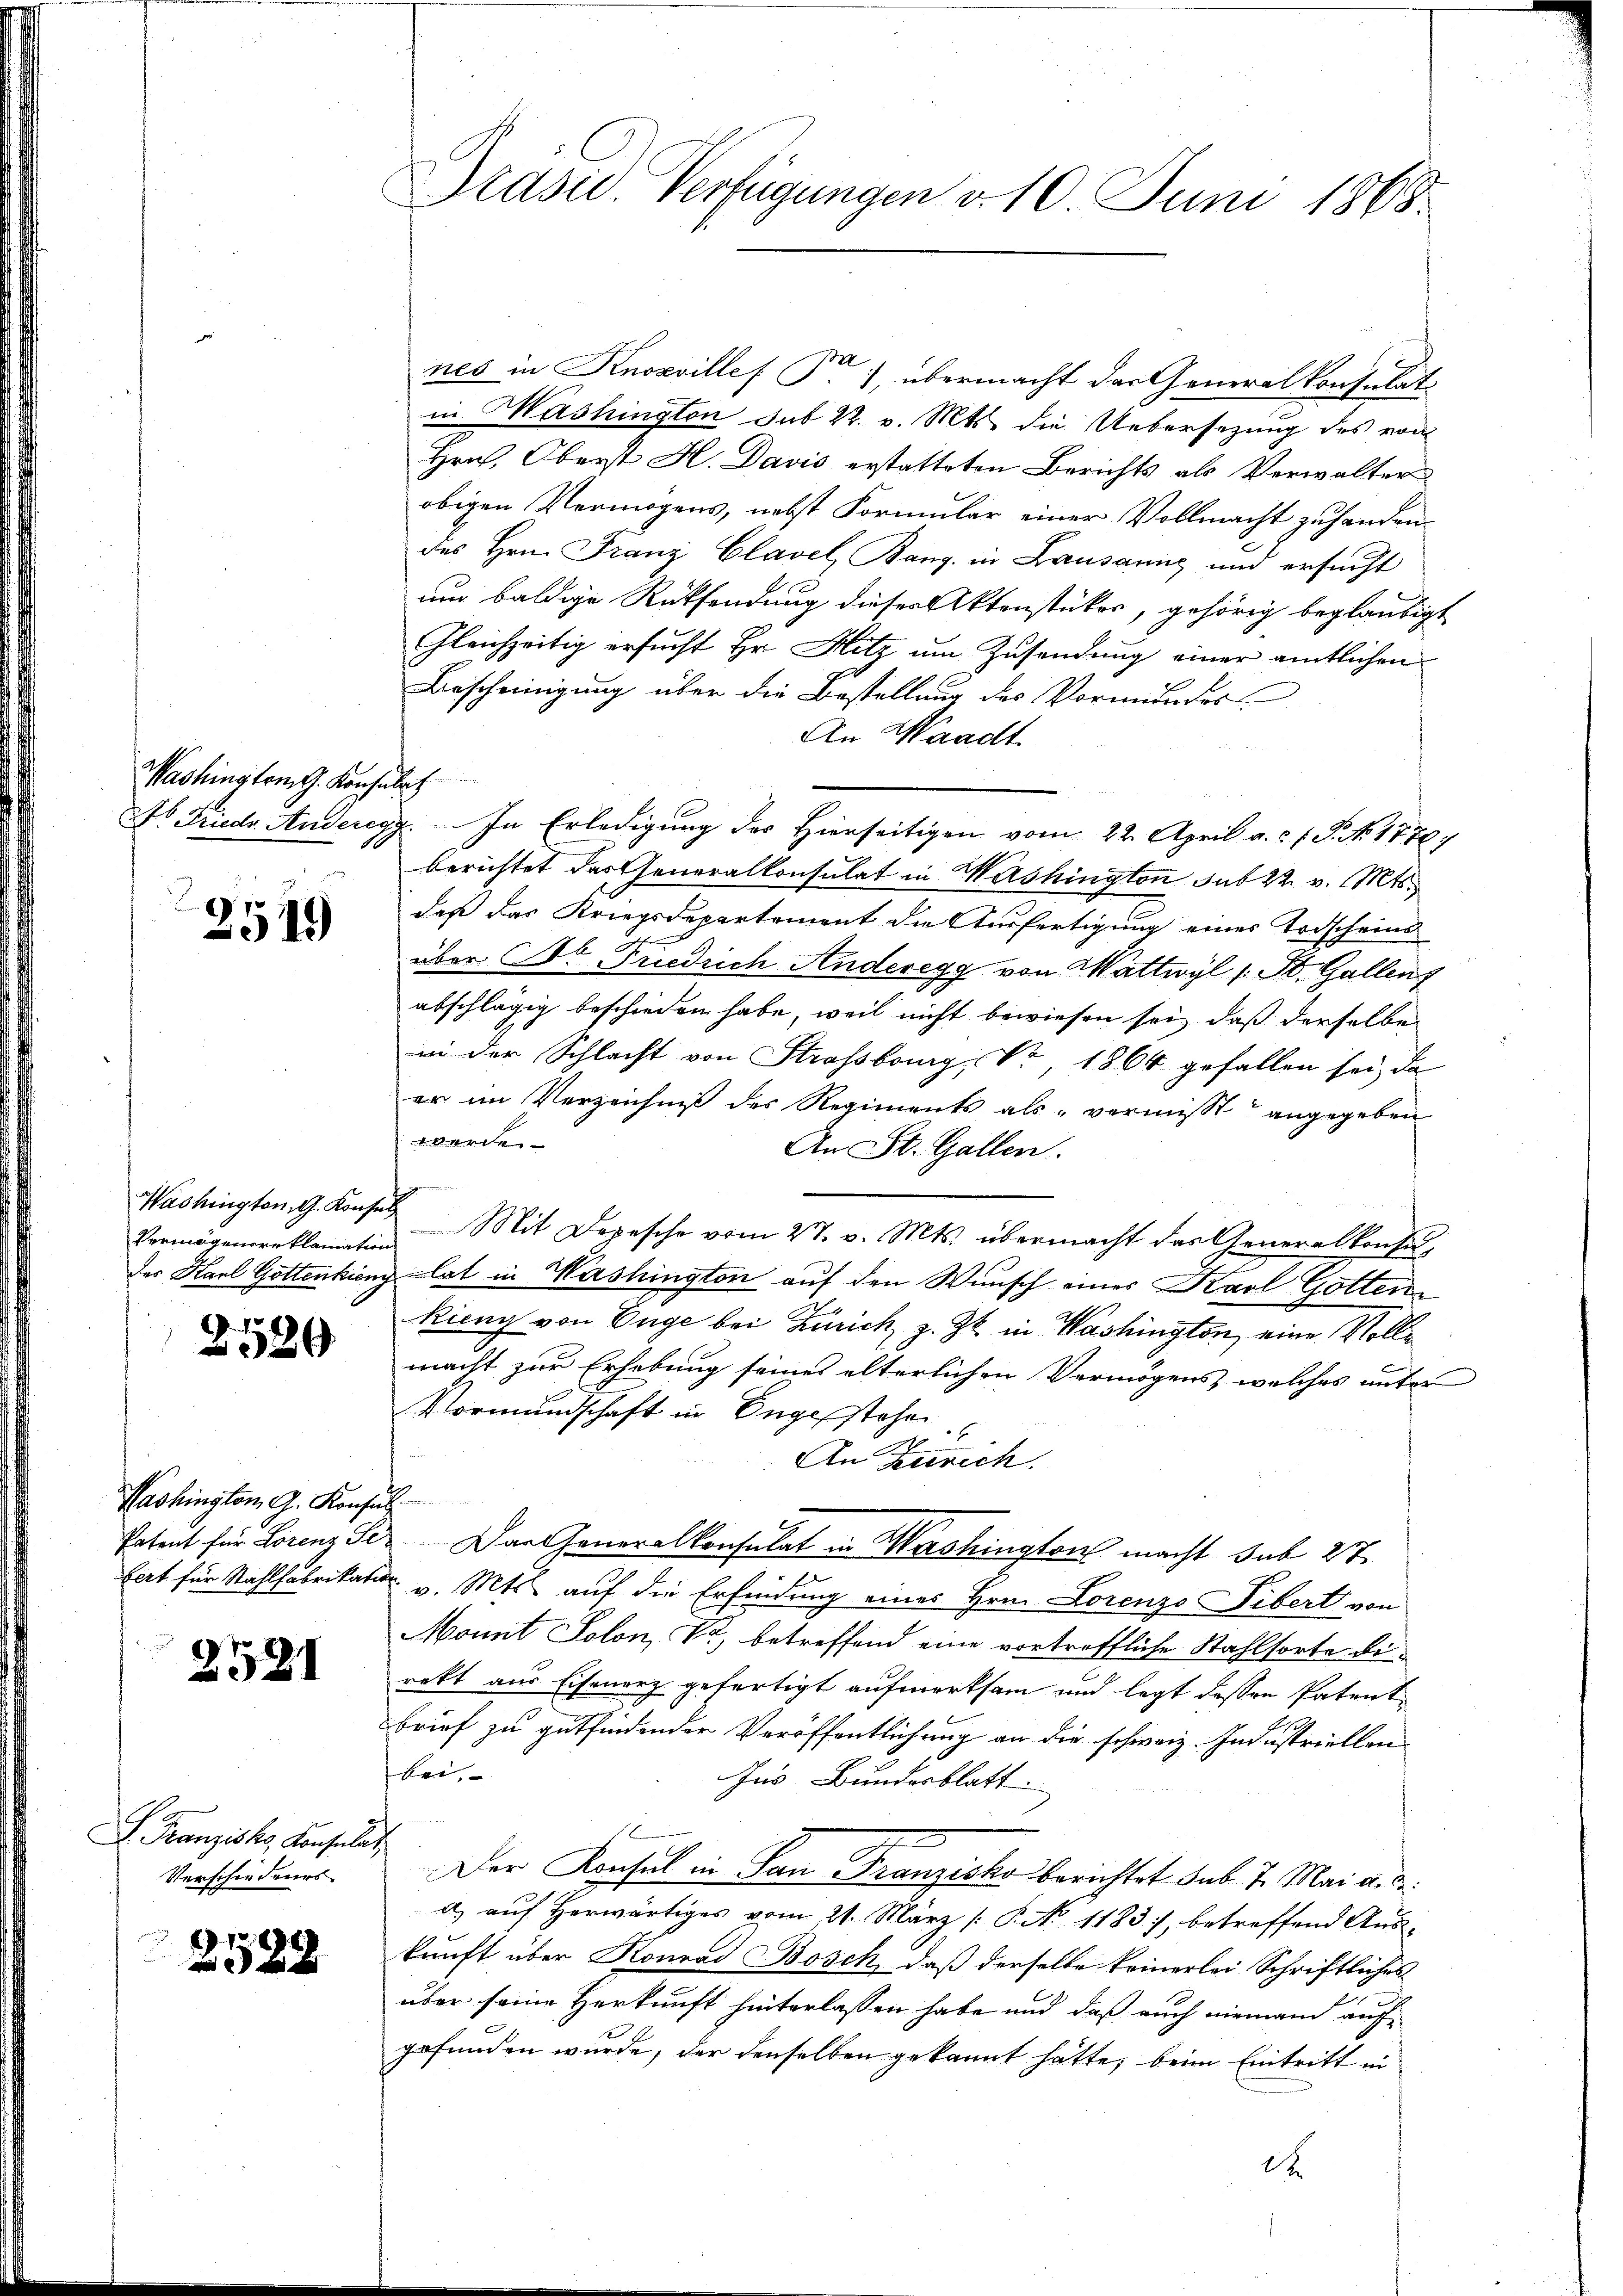
Washington G. Konsulat

2519

Washington, G. Konsul

2520

Washington G. Konsul

2531

Franzisko, Konsulat
Verschiedenes

2588

Grüsed-Verfügungen d. 10. Juni 1868.

nes in Knoxvilles P. ), übermacht der Generalkonsulat
in Mashington sub 22. v. Mts. die Uebersezung des von
Hrn. Oberst H. Davis erstatteten Berichts als Verwalter
obigen Vermögens, nebst Formular einer Vollmacht zuhanden.
des Hrn. Franz Clavel, Bang. in Lausanne und ersucht
um baldige Rücksendung dieser Aktenstückes, gehörig beglaubigt
Gleichzeitig ersucht Hr. Hitz um Zusendung einer amtlichen
Bescheinigung über die Bestellung des Vormundes
An Waadt.
o Friedr. Anderegg. In Erledigung des Hierseitigen vom 22. April a. c. 1 S. No 1770,
berichtet das Generalkonsulat in Washington sub 22. v. Mts.
daß das Kriegsdepartement die Ausfertigung eines Todscheins
über Dr. Friedrich Anderegg von Mattwyl (: St. Gallenz
abschlägig beschieden habe, weil nicht bewiesen sei, daß derselbe
in der Schlacht von Strassberg, Nr. 1866 gefallen sei, da
er im Verzeichniß des Regiments als vermisst angegeben
werde.
An St. Gallen.
Vermögensreklamation Mit Depesche vom 27. v. Mts. übermacht das Generalkonsu-
des Karl Gottenkung hat in Washington auf den Wunsch eines Karl Gotten¬
Ricny von Enge bei Zürich, z. Zt. in Washington, eine Volle
macht zur Erhebung seines elterlichen Vermögens, welches unter
Vormundschaft in Engestehen
An Zürich.
Patent für Lorenz Se. Das Generalkonsulat in Mashington macht sub 27
fert für Stahlfabrikation v. Mts. auf die Erfindung eines Hrn. Lorenzo Libert von
Momit Solon, So betreffend eine vortreffliche Stahlsorte bi
rekt aus Eisenarz gefertigt aufmerksam und legt dessen Patentbrief zu gutfindender Veröffentlichung an die schweiz. Industriellen
wet,
Aus Bundesblatt.
Der Konsul in San Franziska berichtet sub 7. Mai a. d.
a) auf herwärtiges vom 21. März /: P. No 1183, betreffend Aus
kunft über Konrad Bösch, daß derselbe keinerlei Schriftliches
über seine Herkunft hinterlassen habe und daß auch niemand auf
gefunden wurde, der denselben gekannt hätte, beim Eintritt in